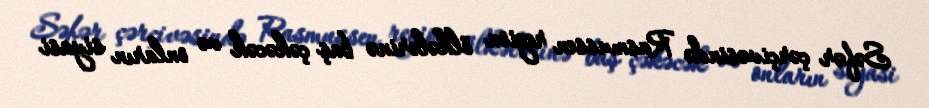
Səfər çərçivəsində Rasmussen region ölkələrinə baş çəkəcək və onların siyasi